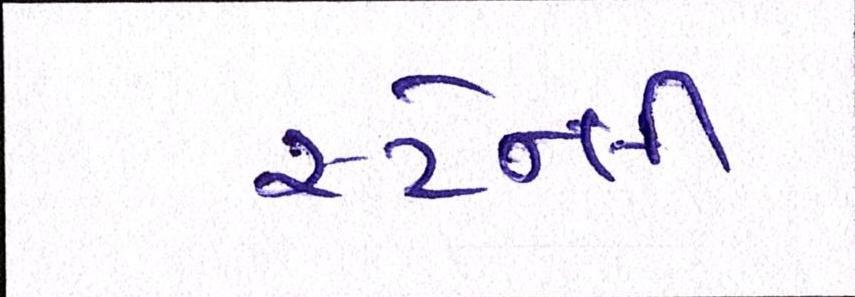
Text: સ્ટેન્લી